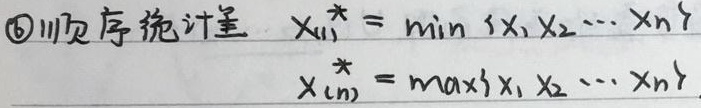
\textcircled{6} 顺序统计量 \(X_{(1)}^{*}=\min\{X_{1},X_{2},\cdots,X_{n}\}\)，\(X_{(n)}^{*}=\max\{X_{1},X_{2},\cdots,X_{n}\}\)